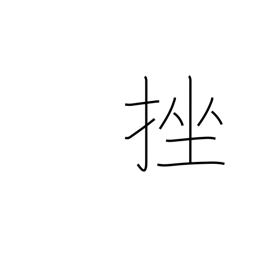
Meaning: break